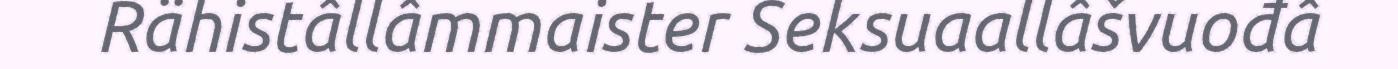
Rähistâllâmmaister Seksuaallâšvuođâ